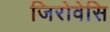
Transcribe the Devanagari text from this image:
जिरोवेसि